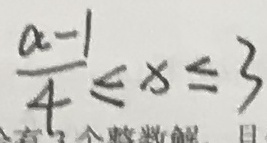
\frac { a - 1 } { 4 } \leq x \leq 3